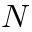
{ \cal N }